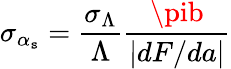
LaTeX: \sigma_{\alpha_{\mathtt{s}}}=\frac{{\sigma_{\Lambda}}}{{\Lambda}}\frac{{\pib}}{{\left|dF/da\right|}}